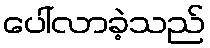
ပေါ်လာခဲ့သည်